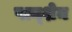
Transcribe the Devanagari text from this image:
पाय्शेन